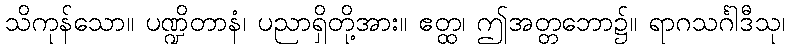
သိကုန်သော။ ပဏ္ဍိတာနံ၊ ပညာရှိတို့အား။ ဧတ္ထ၊ ဤအတ္တဘော၌။ ရာဂသင်္ဂါဒီသု၊